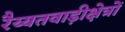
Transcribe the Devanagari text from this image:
रैय्यतवाड़ीक्षेत्रों